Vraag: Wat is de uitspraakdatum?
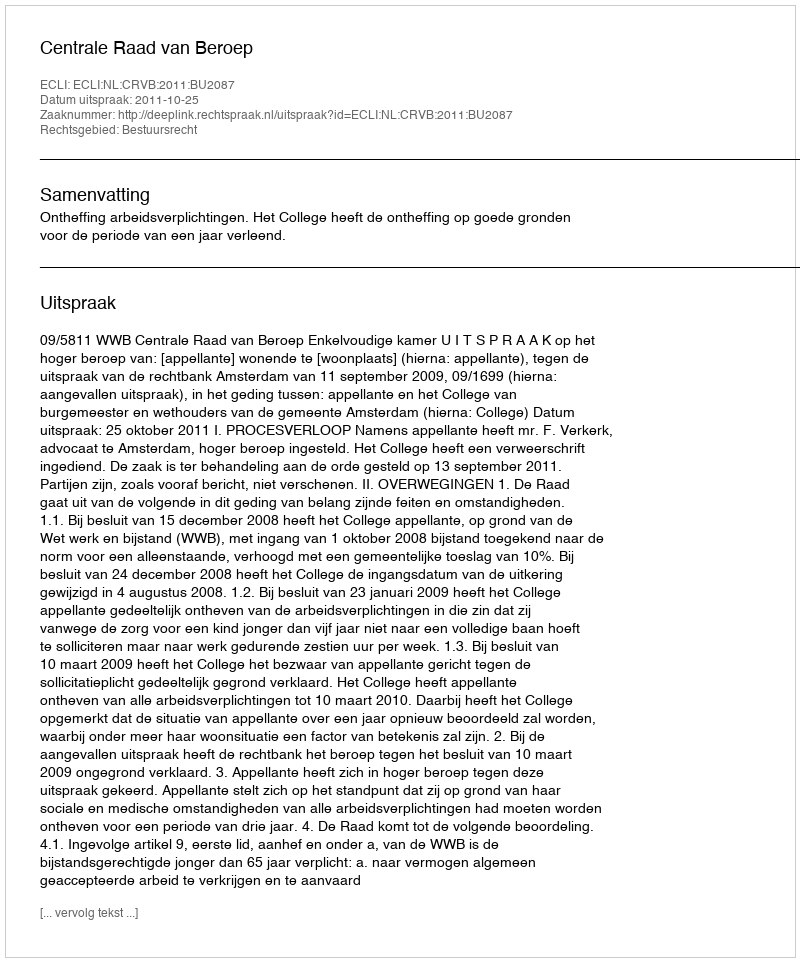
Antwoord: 2011-10-25